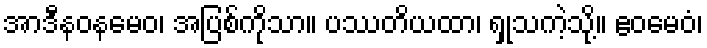
အာဒီနဝနမေဝ၊ အပြစ်ကိုသာ။ ပဿတိယထာ၊ ရှုသကဲ့သို့။ ဧဝမေဝံ၊